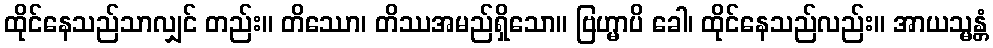
ထိုင်နေသည်သာလျှင် တည်း။ တိဿော၊ တိဿအမည်ရှိသော။ ဗြဟ္မာပိ ခေါ၊ ထိုင်နေသည်လည်း။ အာယသ္မန္တံ